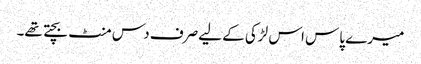
میرے پاس اس لڑکی کے لیےصرف دس منٹ بچتے تھے۔